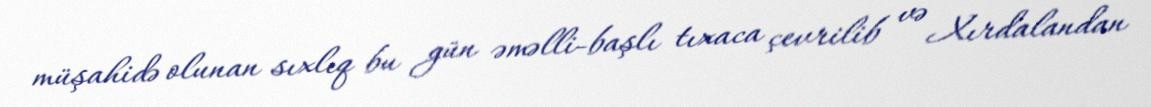
müşahidə olunan sıxlıq bu gün əməlli-başlı tıxaca çevrilib və Xırdalandan